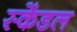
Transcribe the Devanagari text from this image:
स्केंडल